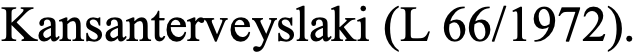
Kansanterveyslaki (L 66/1972).